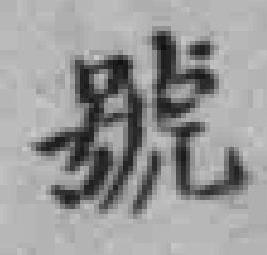
號